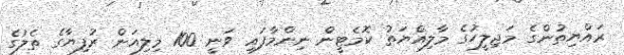
ރައްޔިތުންގެ މަޖިލީހުގެ މާލިއްޔަތު ކޮމެޓީން ނިންމާފައި ވަނީ 100 މިލިއަން ރުފިޔާގެ ތެލުގެ